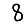
Digit: 8